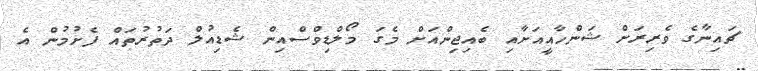
ޗައިނާގެ ވެރިރަށް ޝަންހާއީއަށާއި ބެއިޖިންއަށް މެގަ މޯލްޑިވްސްއިން ޝެޑިއުލް ދަތުރުތައް ފެށުމުން އެ